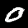
Label: 0